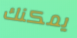
يمكنك